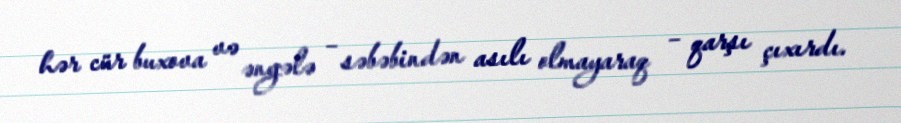
hər cür buxova və əngələ – səbəbindən asılı olmayaraq – qarşı çıxırdı.